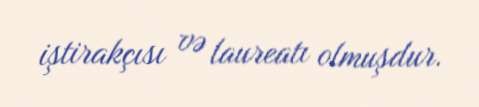
iştirakçısı və laureatı olmuşdur.